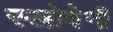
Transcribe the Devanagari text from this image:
स्लोवेनी